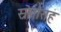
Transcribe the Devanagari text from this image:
स्रोतांसह